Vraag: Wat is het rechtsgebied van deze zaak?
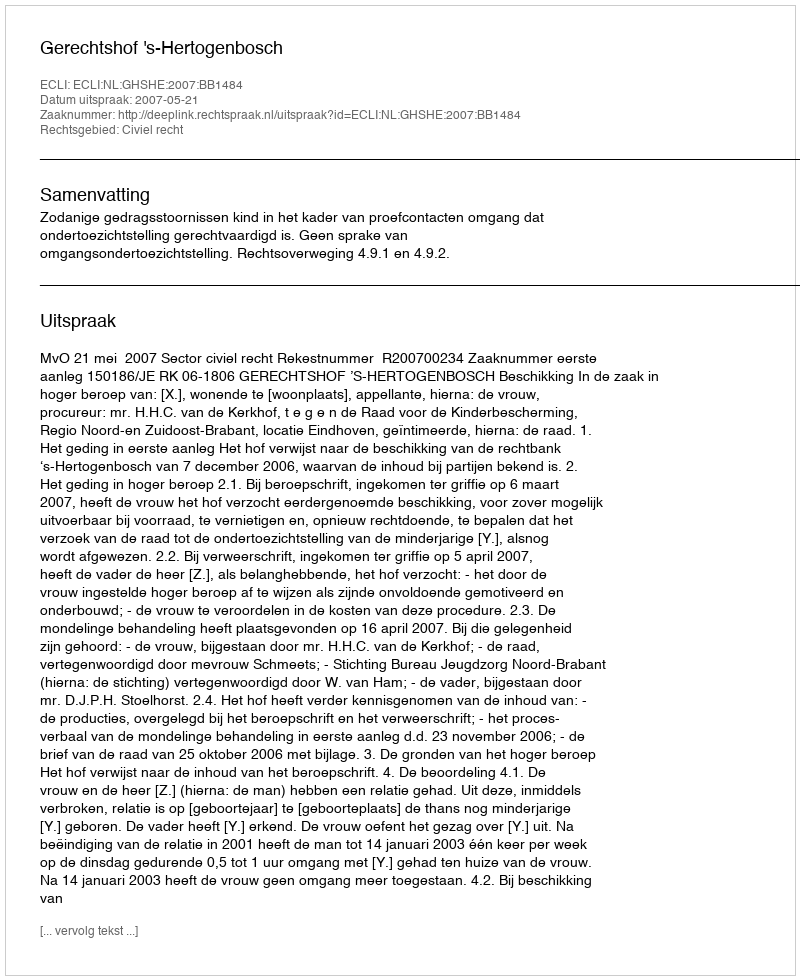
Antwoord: Civiel recht